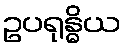
ဥပရုန္ဓိယ